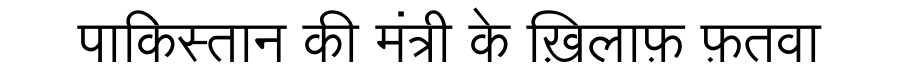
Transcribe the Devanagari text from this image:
पाकिस्तान की मंत्री के ख़िलाफ़ फ़तवा